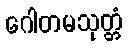
ဂေါတမသုတ္တံ